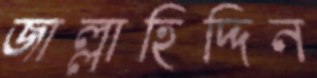
জাল্লাহিদ্দিন